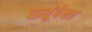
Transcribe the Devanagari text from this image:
धातूंपेक्षा